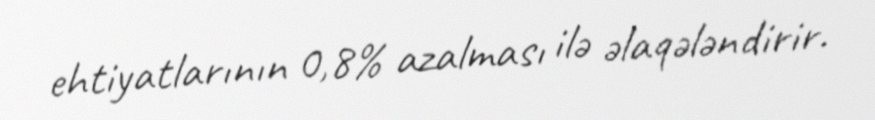
ehtiyatlarının 0,8% azalması ilə əlaqələndirir.